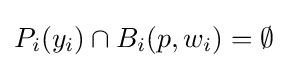
P_{i}(y_{i})\cap B_{i}(p,w_{i})=\emptyset